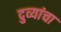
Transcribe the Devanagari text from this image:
दुव्यांचा